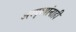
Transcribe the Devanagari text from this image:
अस्पृश्यांनाही